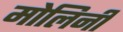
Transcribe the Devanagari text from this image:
मोलिनी